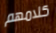
كلامهم